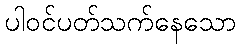
ပါဝင်ပတ်သက်နေသော